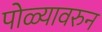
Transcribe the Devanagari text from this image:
पोळ्यावरुन